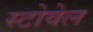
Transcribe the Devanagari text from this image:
स्टोवेल